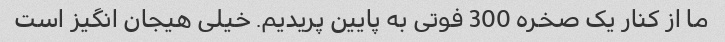
ما از کنار یک صخره 300 فوتی به پایین پریدیم. خیلی هیجان انگیز است